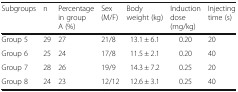
| Subgroups | n | Percentage in group A (%) | Sex (M/F) | Body weight (kg) | Induction dose (mg/kg) | Injecting time (s) |
 | --- | --- | --- | --- | --- | --- | --- |
 | Group 5 | 29 | 27 | 21/8 | 13.1 ± 6.1 | 0.20 | 20 |
 | Group 6 | 25 | 24 | 17/8 | 11.5 ± 2.1 | 0.20 | 40 |
 | Group 7 | 28 | 26 | 19/9 | 14.3 ± 7.2 | 0.25 | 20 |
 | Group 8 | 24 | 23 | 12/12 | 12.6 ± 3.1 | 0.25 | 40 |